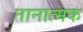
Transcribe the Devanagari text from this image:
तानात्मक